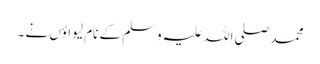
محمد صلی اللہ علیہ وسلم کے نام لیواؤں نے ۔